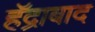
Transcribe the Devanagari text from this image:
हॅद्राबाद